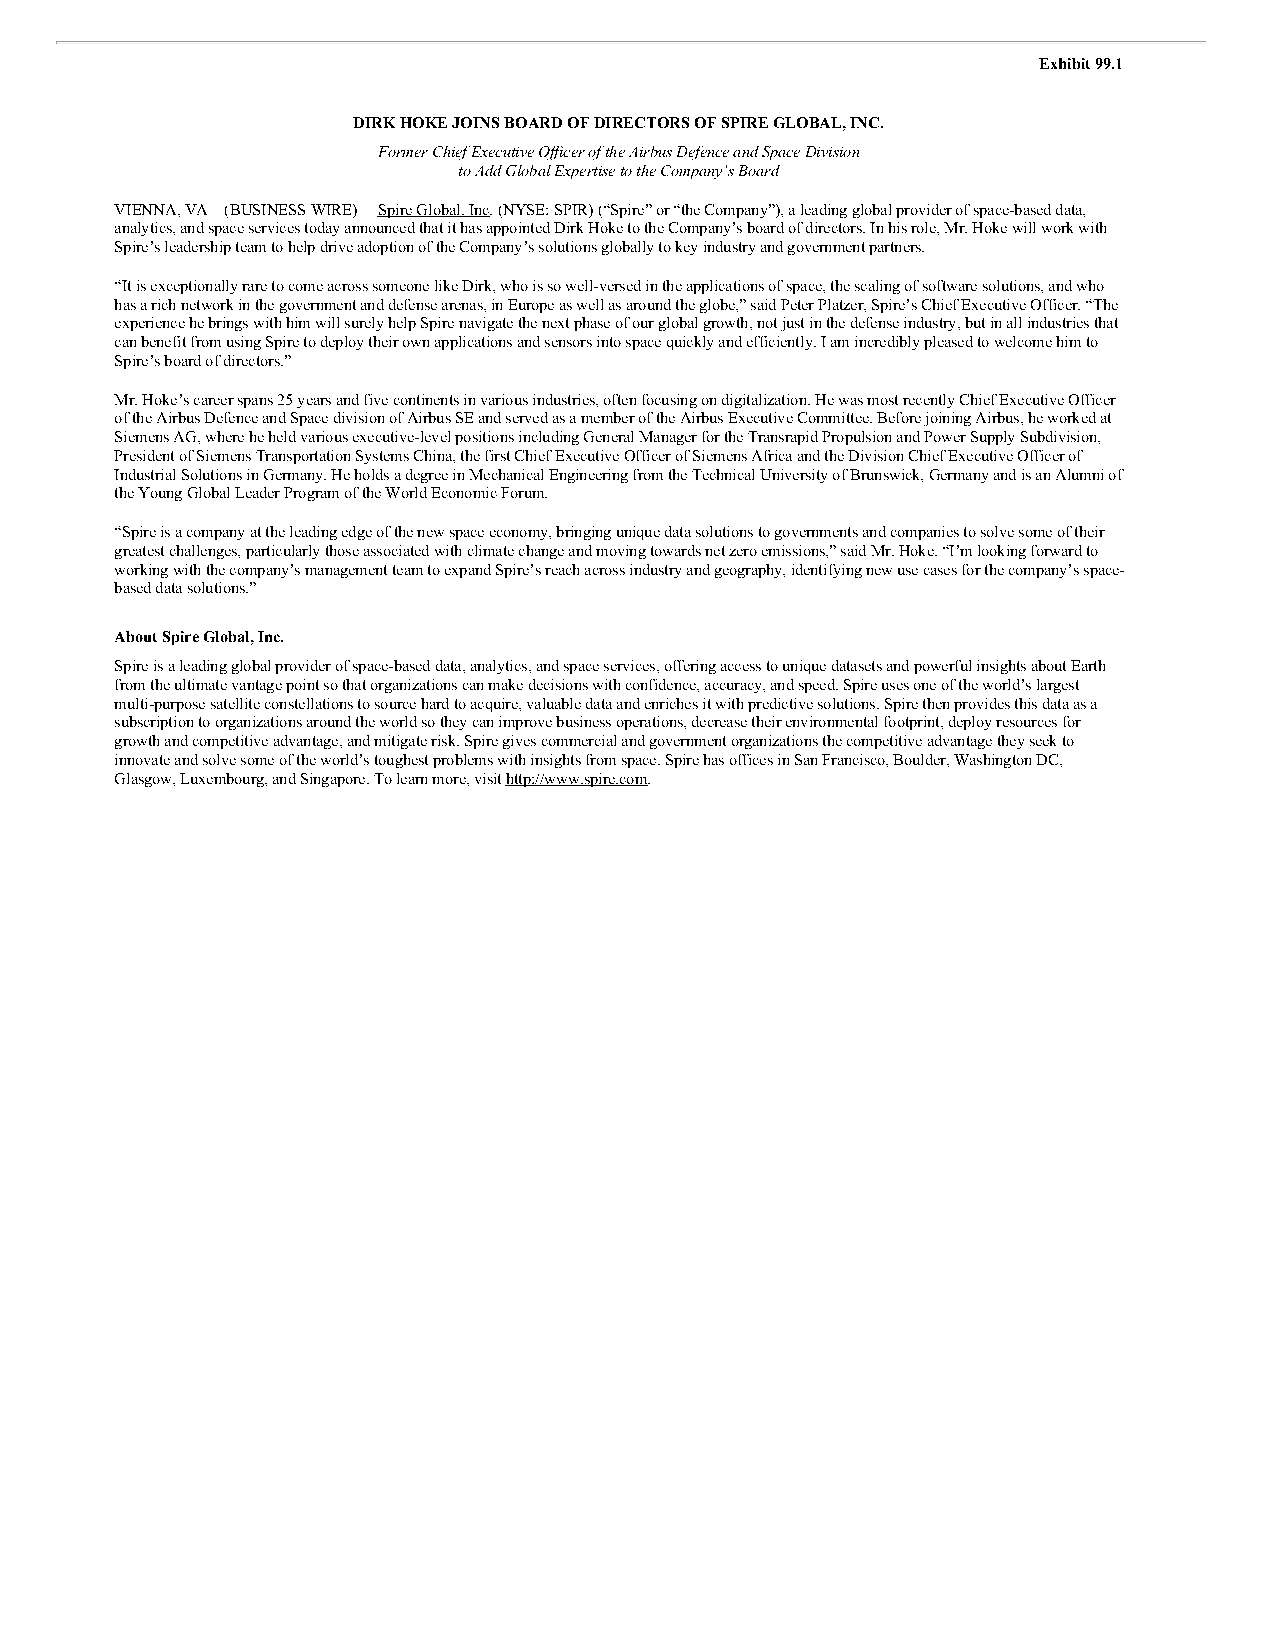
Exhibit 99.1
 DIRK HOKE JOINS BOARD OF DIRECTORS OF SPIRE GLOBAL, INC.
 Former Chief Executive Officer of the Airbus Defence and Space Division
 to Add Global Expertise to the Company’s Board
 VIENNA, VA—(BUSINESS WIRE)— Spire Global, Inc. (NYSE: SPIR) (“Spire” or “the Company”), a leading global provider of space-based data,
 analytics, and space services today announced that it has appointed Dirk Hoke to the Company’s board of directors. In his role, Mr. Hoke will work with
 Spire’s leadership team to help drive adoption of the Company’s solutions globally to key industry and government partners.
 “It is exceptionally rare to come across someone like Dirk, who is so well-versed in the applications of space, the scaling of software solutions, and who
 has a rich network in the government and defense arenas, in Europe as well as around the globe,” said Peter Platzer, Spire’s Chief Executive Officer. “The
 experience he brings with him will surely help Spire navigate the next phase of our global growth, not just in the defense industry, but in all industries that
 can benefit from using Spire to deploy their own applications and sensors into space quickly and efficiently. I am incredibly pleased to welcome him to
 Spire’s board of directors.”
 Mr. Hoke’s career spans 25 years and five continents in various industries, often focusing on digitalization. He was most recently Chief Executive Officer
 of the Airbus Defence and Space division of Airbus SE and served as a member of the Airbus Executive Committee. Before joining Airbus, he worked at
 Siemens AG, where he held various executive-level positions including General Manager for the Transrapid Propulsion and Power Supply Subdivision,
 President of Siemens Transportation Systems China, the first Chief Executive Officer of Siemens Africa and the Division Chief Executive Officer of
 Industrial Solutions in Germany. He holds a degree in Mechanical Engineering from the Technical University of Brunswick, Germany and is an Alumni of
 the Young Global Leader Program of the World Economic Forum.
 “Spire is a company at the leading edge of the new space economy, bringing unique data solutions to governments and companies to solve some of their
 greatest challenges, particularly those associated with climate change and moving towards net zero emissions,” said Mr. Hoke. “I’m looking forward to
 working with the company’s management team to expand Spire’s reach across industry and geography, identifying new use cases for the company’s space-
 based data solutions.”
 About Spire Global, Inc.
 Spire is a leading global provider of space-based data, analytics, and space services, offering access to unique datasets and powerful insights about Earth
 from the ultimate vantage point so that organizations can make decisions with confidence, accuracy, and speed. Spire uses one of the world’s largest
 multi-purpose satellite constellations to source hard to acquire, valuable data and enriches it with predictive solutions. Spire then provides this data as a
 subscription to organizations around the world so they can improve business operations, decrease their environmental footprint, deploy resources for
 growth and competitive advantage, and mitigate risk. Spire gives commercial and government organizations the competitive advantage they seek to
 innovate and solve some of the world’s toughest problems with insights from space. Spire has offices in San Francisco, Boulder, Washington DC,
 Glasgow, Luxembourg, and Singapore. To learn more, visit http://www.spire.com.